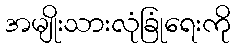
အမျိုးသားလုံခြုံရေးကို